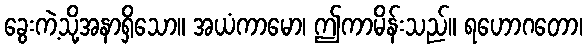
ခွေးကဲ့သို့အနာရှိသော။ အယံကာမော၊ ဤကာမိန်းသည်။ ရဟောဂတော၊